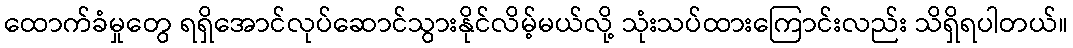
ထောက်ခံမှုတွေ ရရှိအောင်လုပ်ဆောင်သွားနိုင်လိမ့်မယ်လို့ သုံးသပ်ထားကြောင်းလည်း သိရှိရပါတယ်။